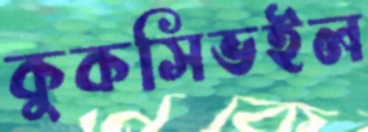
কুকসিভইল